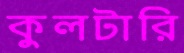
কুলটারি